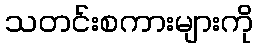
သတင်းစကားများကို